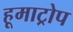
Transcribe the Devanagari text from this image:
हूमाट्रोप